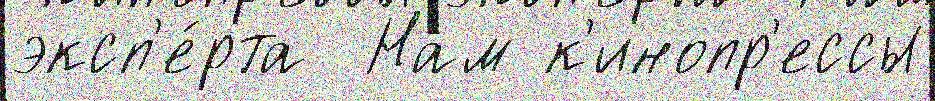
эксп'е́рта  Нам к'инопр'ессы